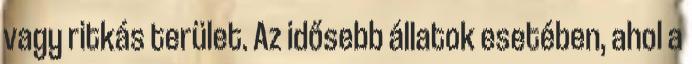
vagy ritkás terület. Az idősebb állatok esetében, ahol a